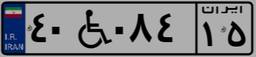
۲۳W۴۹۱۶۵